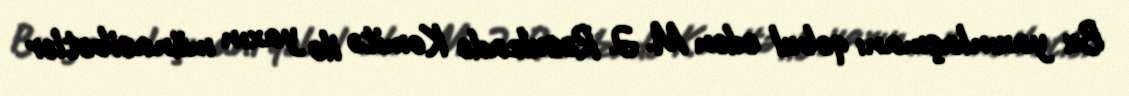
Bu yaxınlaşmanı qəbul edən M. Ə. Rəsulzadə Komitə ilə yaxın münasibətlər